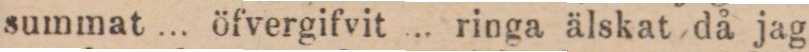
summat ... öfvergifvit ... ringa älskat då jag